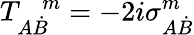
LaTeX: T_{A\dot{B}}^{\ \ \ \ m}=-2i\sigma_{A\dot{B}}^{m}